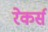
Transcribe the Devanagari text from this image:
रेकर्स